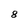
Character: 8